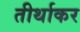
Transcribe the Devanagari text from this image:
तीर्थाकर